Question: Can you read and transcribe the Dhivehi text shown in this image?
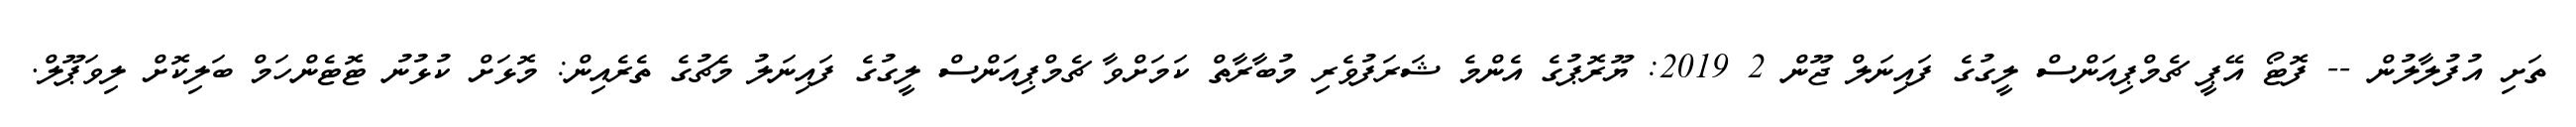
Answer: ތަށި އުފުލާލުން -- ފޮޓޯ އޭޕީ ޗެމްޕިއަންސް ލީގުގެ ފައިނަލް ޖޫން 2 2019: ޔޫރޮޕުގެ އެންމެ ޝަރަފުވެރި މުބާރާތް ކަމަށްވާ ޗެމްޕިއަންސް ލީގުގެ ފައިނަލު މެޗުގެ ތެރެއިން: މޮޅަށް ކުޅުނު ޓޮޓެންހަމް ބަލިކޮށް ލިވަޕޫލް.